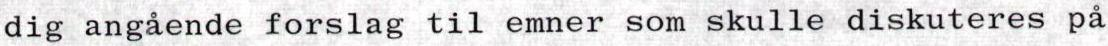
dig angående forslag til emner som skulle diskuteres på